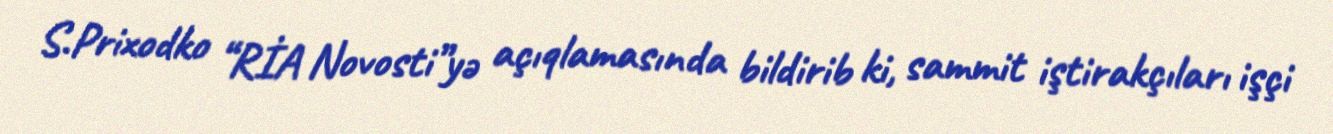
S.Prixodko “RİA Novosti”yə açıqlamasında bildirib ki, sammit iştirakçıları işçi